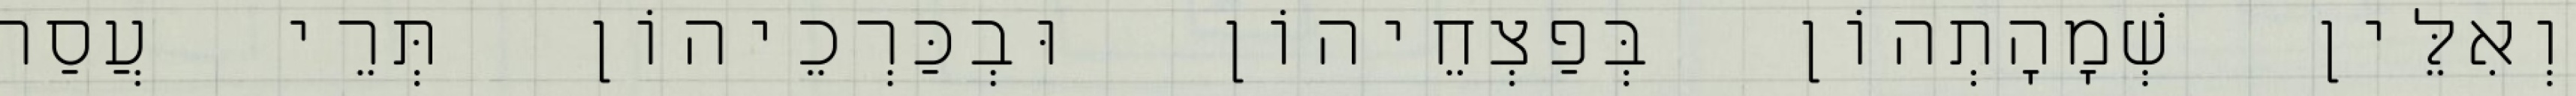
וְאִלֵּין שְׁמָהָתְהוֹן בְּפַצְחֵיהוֹן וּבְכַּרְכֵיהוֹן תְּרֵי עֲסַר